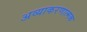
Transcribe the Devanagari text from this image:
अव्याकरणात्मक